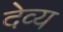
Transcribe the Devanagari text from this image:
देव्य